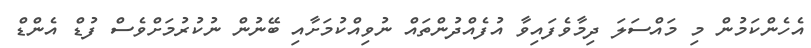
އެހެންކަމުން މި މައްސަލަ ދިމާވެފައިވާ އުފެއްދުންތައް ނުވިއްކުމަށާއި ބޭނުން ނުކުރުމަށްވެސް ފުޑް އެންޑް